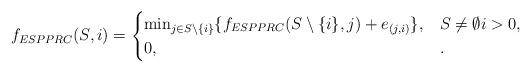
LaTeX: \begin{align*}f_{ESPPRC}(S, i)& = \begin{cases} \min_{j \in S \setminus \{ i \}} \{ f_{ESPPRC}(S \setminus \{ i\}, j) + e_{(j,i)} \}, & S \neq \emptyset i > 0, \\ 0, & . \end{cases}\end{align*}